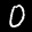
Label: 0